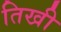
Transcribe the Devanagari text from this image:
तिखी